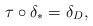
LaTeX: \begin{align*}\tau \mathbin{\circ} \delta_\ast = \delta_D,\end{align*}